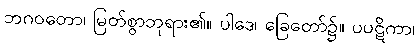
ဘဂဝတော၊ မြတ်စွာဘုရား၏။ ပါဒေ၊ ခြေတော်၌။ ပပဋိကာ၊